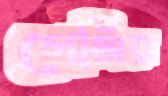
গেঞ্জির